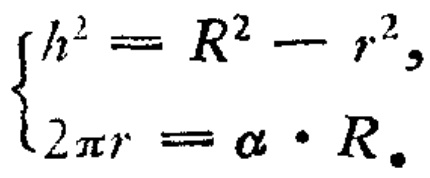
\[\begin{cases}
h^{2}=R^{2}-r^{2},\\
2\pi r=\alpha\cdot R.
\end{cases}\]